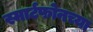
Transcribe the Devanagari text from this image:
स्मार्टफोनच्या